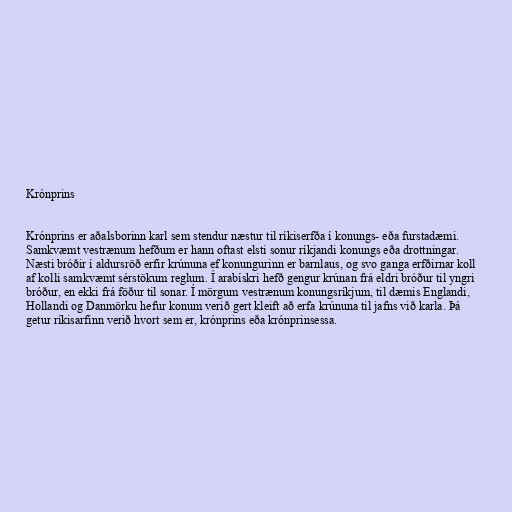
Krónprins

Krónprins er aðalsborinn karl sem stendur næstur til ríkiserfða í konungs- eða furstadæmi.
Samkvæmt vestrænum hefðum er hann oftast elsti sonur ríkjandi konungs eða drottningar.
Næsti bróðir í aldursröð erfir krúnuna ef konungurinn er barnlaus, og svo ganga erfðirnar koll
af kolli samkvæmt sérstökum reglum. Í arabískri hefð gengur krúnan frá eldri bróður til yngri
bróður, en ekki frá föður til sonar. Í mörgum vestrænum konungsríkjum, til dæmis Englandi,
Hollandi og Danmörku hefur konum verið gert kleift að erfa krúnuna til jafns við karla. Þá
getur ríkisarfinn verið hvort sem er, krónprins eða krónprinsessa.